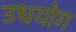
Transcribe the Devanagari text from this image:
उधयोग